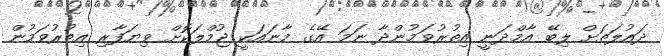
ދައުލަތަށް ލިބޭ އާމްދަނީ އިތުރުވަމުންދާ ނަމަ އޭގެ މާނައަކީ ޖުމްލަކޮށް ވިޔަފާރި އިތުރުވަމުން